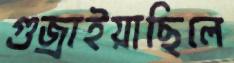
গুজ্‌রাইয়াছিলে